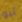
ثيو